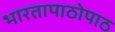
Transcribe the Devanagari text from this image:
भारतापाठोपाठ